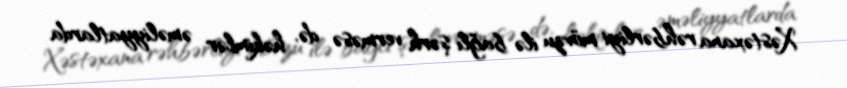
Xəstəxana rəhbərliyi mövzu ilə bağlı şərh verməsə də, həkimlər əməliyyatlarda